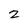
Character: z